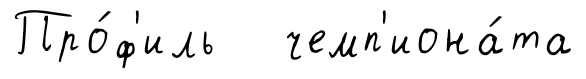
Про́ф'иль чемп'иона́та